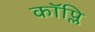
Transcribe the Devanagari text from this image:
कॉप्लि